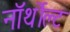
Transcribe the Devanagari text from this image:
नॉर्थोल्ट